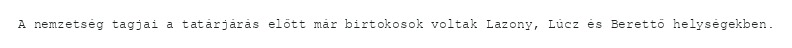
A nemzetség tagjai a tatárjárás előtt már birtokosok voltak Lazony, Lúcz és Berettő helységekben.